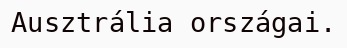
Ausztrália országai.